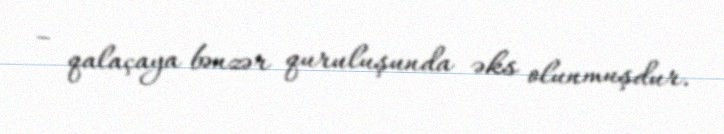
– qalaçaya bənzər quruluşunda əks olunmuşdur.